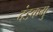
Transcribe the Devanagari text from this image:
दंडकमु